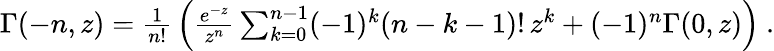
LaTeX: \begin{array}{r}{\Gamma(-n,z)={\frac{1}{n!}}\left({\frac{e^{-z}}{z^{n}}}\sum_{k=0}^{n-1}(-1)^{k}(n-k-1)!\, z^{k}+(-1)^{n}\Gamma(0,z)\right)\ .}\end{array}